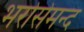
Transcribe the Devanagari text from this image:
भरोसेमन्द